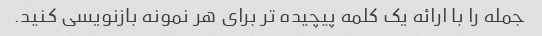
جمله را با ارائه یک کلمه پیچیده تر برای هر نمونه بازنویسی کنید.